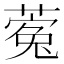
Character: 𮐵